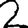
Digit: 2